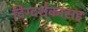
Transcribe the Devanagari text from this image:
दिग्दर्शकासह